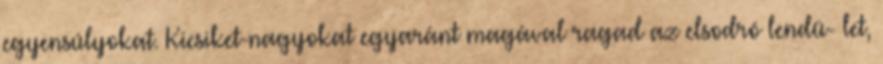
egyensúlyokat. Kicsiket-nagyokat egyaránt magával ragad az elsodró lendü- let,